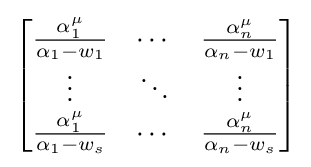
{\begin{bmatrix}{\frac {\alpha _{1}^{\mu }}{\alpha _{1}-w_{1}}}&\cdots &{\frac {\alpha _{n}^{\mu }}{\alpha _{n}-w_{1}}}\\\vdots &\ddots &\vdots \\{\frac {\alpha _{1}^{\mu }}{\alpha _{1}-w_{s}}}&\cdots &{\frac {\alpha _{n}^{\mu }}{\alpha _{n}-w_{s}}}\\\end{bmatrix}}